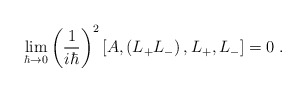
\begin{align*}\lim_{\hbar\rightarrow0}\left( \frac{1}{i\hbar}\right) ^{2}\left[ A,\left(L_{+}L_{-}\right) ,L_{+},L_{-}\right] =0\;.\end{align*}